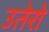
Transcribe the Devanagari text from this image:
उतेरो